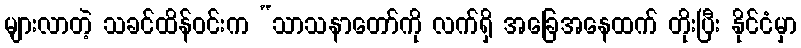
များလာတဲ့ သခင်ထိန်ဝင်းက “သာသနာတော်ကို လက်ရှိ အခြေအနေထက် တိုးပြီး နိုင်ငံမှာ